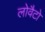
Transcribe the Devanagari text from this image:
लोवैटो